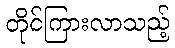
တိုင်ကြားလာသည့်